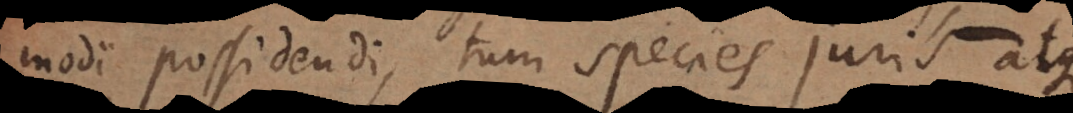
modi possidendi, tum species juris atque